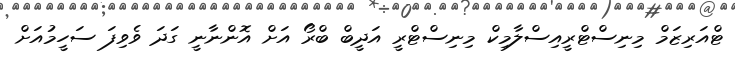
ޓްއަރިޒަމް މިނިސްޓްރީއިސްލާމިކް މިނިސްޓްރީ އަދީބް ބްރޯ އަށް އޮންނާނީ ގަދަ ވެވިފަ ސަހީމުއަށް